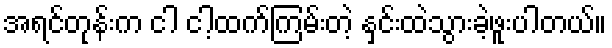
အရင်တုန်းက ငါ ငါ့ထက်ကြမ်းတဲ့ နှင်းထဲသွားခဲ့ဖူးပါတယ်။